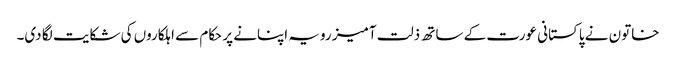
خاتون نے پاکستانی عورت کے ساتھ ذلت آمیز رویہ اپنانے پر حکام سے اہلکاروں کی شکایت لگا دی۔